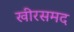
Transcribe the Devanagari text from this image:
खीरसमद